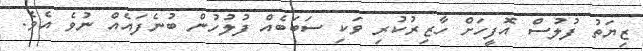
ޒިޔަތު ފުލުސް އޮފީހަށް ހާޒިރުކުރި ވަކި ސަބަބެއް ފުލުހުން ބުނެފައެއް ނުވެ އެވެ.